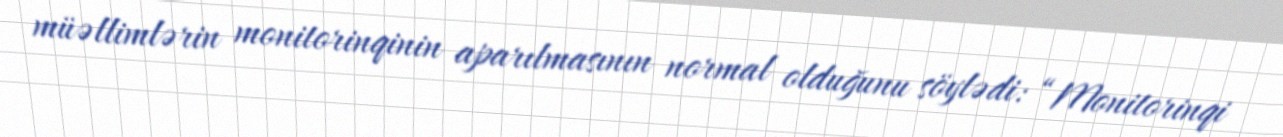
müəllimlərin monitorinqinin aparılmasının normal olduğunu söylədi: “Monitorinqi